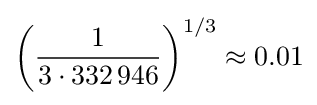
\left({\frac {1}{3\cdot 332\,946}}\right)^{1/3}\approx 0.01